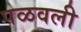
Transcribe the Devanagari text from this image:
पळवली